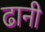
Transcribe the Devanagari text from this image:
ढानी